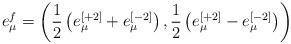
LaTeX: \begin{align*}e^f_\mu = \left( {1 \over 2} \left(e^{[+2]}_\mu + e^{[-2]}_\mu\right) , {1 \over 2} \left(e^{[+2]}_\mu - e^{[-2]}_\mu\right)\right)\end{align*}